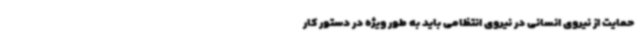
حمایت از نیروی انسانی در نیروی انتظامی باید به طور ویژه در دستور کار